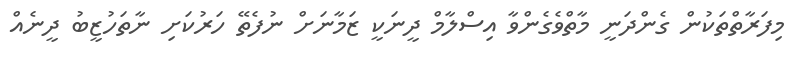
މިފަރާތްތަކުން ގެންދަނީ މާތްވެގެންވާ އިސްލާމް ދީނަކީ ޒަމާނަށް ނުފެތޭ ހަރުކަށި ނާތަހުޒީބު ދީނެއް